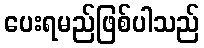
ပေးရမည်ဖြစ်ပါသည်